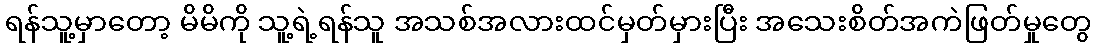
ရန်သူ့မှာတော့ မိမိကို သူ့ရဲ့ရန်သူ အသစ်အလားထင်မှတ်မှားပြီး အသေးစိတ်အကဲဖြတ်မှုတွေ